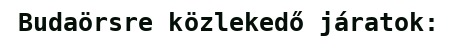
Budaörsre közlekedő járatok: